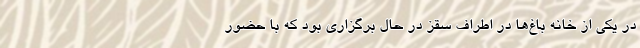
در یکی از خانه باغ‌ها در اطراف سقز در حال برگزاری بود که با حضور